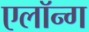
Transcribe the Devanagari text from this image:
एलॉन्ग